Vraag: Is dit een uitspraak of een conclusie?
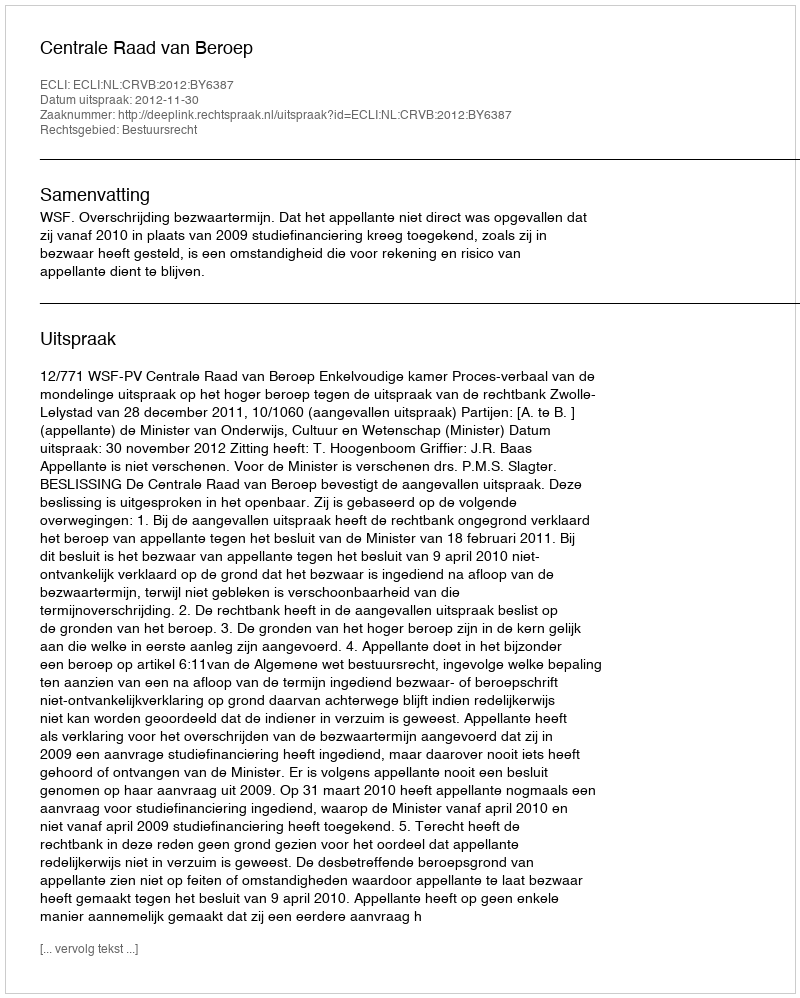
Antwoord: Uitspraak